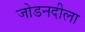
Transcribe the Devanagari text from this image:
जोडनदीला